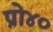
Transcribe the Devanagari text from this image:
प्रो४०